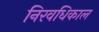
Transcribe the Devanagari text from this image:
निरवधिकाल